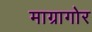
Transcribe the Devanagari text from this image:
माग्रागोर